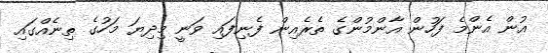
އުން އެންމެ ފަހުން އާންމުންގެ ތެރެއިން ފެނިފައި ވަނީ މިދިޔަ މަހުގެ ތިނެއްގައި